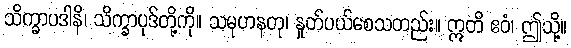
သိက္ခာပဒါနိ၊ သိက္ခာပုဒ်တို့ကို။ သမုဟနတု၊ နှုတ်ပယ်စေသတည်း။ ဣတိ ဧဝံ၊ ဤသို့။